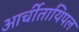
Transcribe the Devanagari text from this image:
आर्चीतायिपल